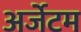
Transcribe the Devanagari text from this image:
अर्जेटम